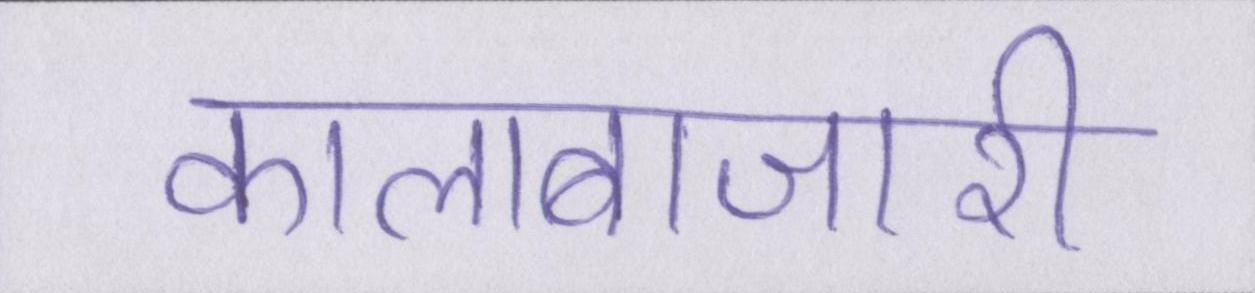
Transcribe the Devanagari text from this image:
कालाबाजारी